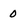
Character: 0